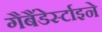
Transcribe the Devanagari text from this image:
गैबैंडेर्स्टाइने